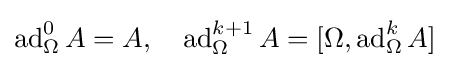
\operatorname {ad} _{\Omega }^{0}A=A,\quad \operatorname {ad} _{\Omega }^{k+1}A=[\Omega ,\operatorname {ad} _{\Omega }^{k}A]